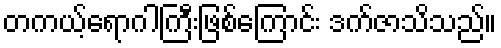
တကယ့်ရောဂါကြီးဖြစ်ကြောင်း ဒက်ဇာသိသည်။